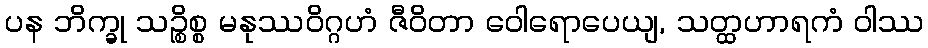
ပန ဘိက္ခု သဉ္စိစ္စ မနုဿဝိဂ္ဂဟံ ဇီဝိတာ ဝေါရောပေယျ, သတ္ထဟာရကံ ဝါဿ